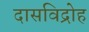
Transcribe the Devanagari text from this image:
दासविद्रोह